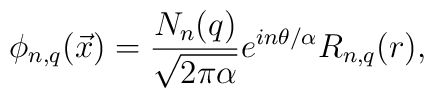
\phi_{n,q}({\vec x}) = {N_n(q)\over \sqrt{2\pi\alpha}} e^{in\theta/\alpha} R_{n,q} (r),